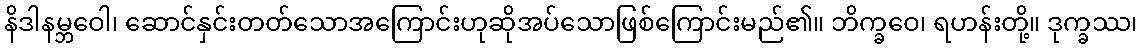
နိဒါနမ္ဘဝေါ၊ ဆောင်နှင်းတတ်သောအကြောင်းဟုဆိုအပ်သောဖြစ်ကြောင်းမည်၏။ ဘိက္ခဝေ၊ ရဟန်းတို့။ ဒုက္ခဿ၊